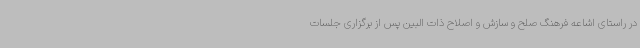
در راستای اشاعه فرهنگ صلح و سازش و اصلاح ذات البین پس از برگزاری جلسات